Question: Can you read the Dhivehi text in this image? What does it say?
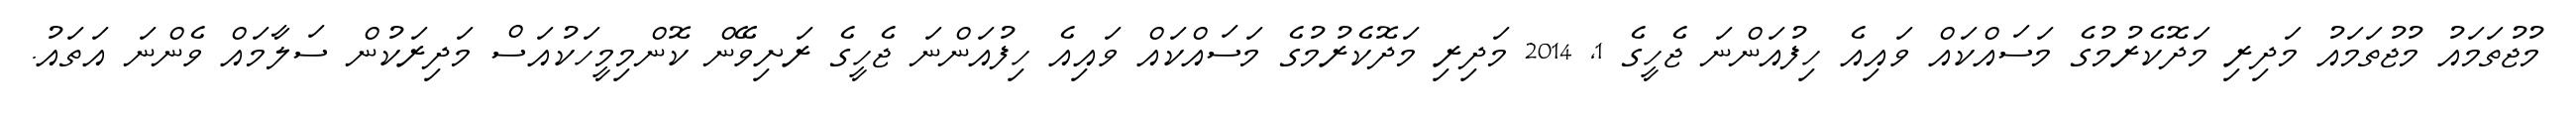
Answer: މުޖުތަމައު މުޖުތަމައު މަދިރި މަދޮކެރުމުގެ މަސައްކައް ވައިއެ ހިފުއަންނަ ޖެހީގެ 1, 2014 މަދިރި މަދޮކެރުމުގެ މަސައްކައް ވައިއެ ހިފުއަންނަ ޖެހީގެ ރަށިވޭން ކޮންމިމީހަކުއަސް މަދިރަކުން ސަލާމައް ވެންނަ އަތައު.